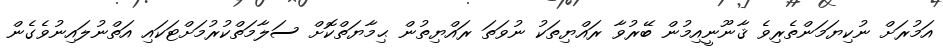
އަމުރަށް ނުކިޔަމަންތެރިވެ ޤާނޫނީއިމުން ބޭރުވާ ރައްޔިތަކު ނުވަތަ ރައްޔިތުން ޙިމާޔަތްކޮށް ސަލާމަތްކުރުމަށްޓަކައި އަތްނުލައިނުވެގެން